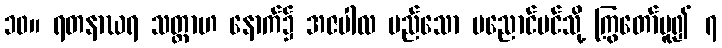
၁၀။ ရတနာဃရ သတ္တာဟ နောက်၌ အဇပါလ မည်သော ပညောင်ပင်သို့ ကြွတော်မူ၍ ၇